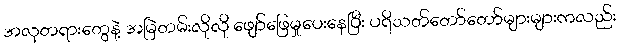
အလှတရားတွေနဲ့ အမြဲတမ်းလိုလို ဖျော်ဖြေမှုပေးနေပြီး ပရိသတ်တော်တော်များများကလည်း